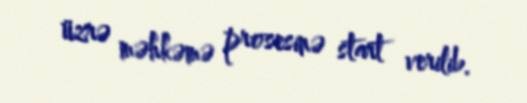
üzrə məhkəmə prosesinə start verilib.